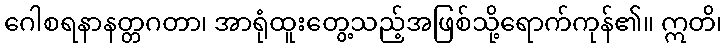
ဂေါစရနာနတ္တဂတာ၊ အာရုံထူးတွေ့သည့်အဖြစ်သို့ရောက်ကုန်၏။ ဣတိ၊